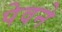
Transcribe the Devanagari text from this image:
पेवने